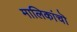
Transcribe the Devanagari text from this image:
मालिकांचॊ